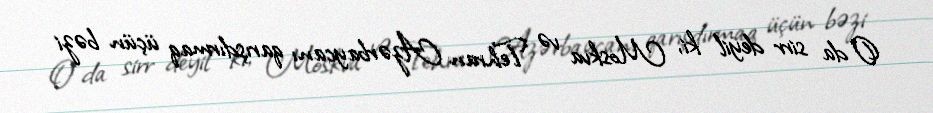
O da sirr deyil ki, Moskva və Tehran Azərbaycanı qarışdırmaq üçün bəzi